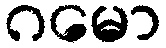
ဂမော